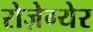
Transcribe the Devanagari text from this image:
रोज़ेग्येर